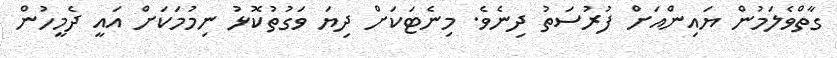
ގާތްވެލަމުން ޔައިންއަށް ފުރުސަތު ދިނެވެ. މިނެޓަކަށް ދިޔަ ވަގުތުކޮޅު ނިމުމަކަށް އައީ ދެމީހުން